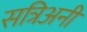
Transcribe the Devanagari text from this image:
सत्रिअनी